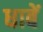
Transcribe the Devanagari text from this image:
धाबें